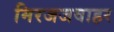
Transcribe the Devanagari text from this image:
मिरजजवाहर